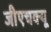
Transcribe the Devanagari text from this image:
जीएचक्यू